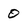
Character: 0